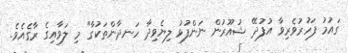
ގައުމު ފަހުރުވެރިވާ އުފުދޭ ޝުއޫރުން ނަންފުޅު ލިޔެވިދާ ހަނދާންތަކުގާ" މި ލަވާއިގެ ރާގެއެވެ.